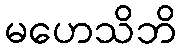
မဟေသိဘိ